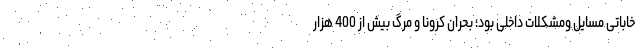
خاباتی مسایل ومشکلات داخلی بود؛ بحران کرونا و مرگ بیش از 400 هزار